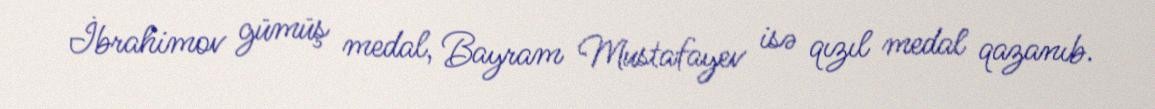
İbrahimov gümüş medal, Bayram Mustafayev isə qızıl medal qazanıb.